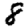
Digit: 8